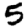
Digit: 5